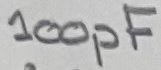
Text: 100pF